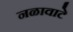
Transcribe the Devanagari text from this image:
नळावाटे